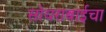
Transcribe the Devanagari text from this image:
सोयराबाईचा